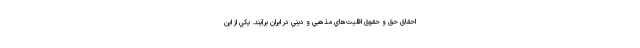
احقاق حق و حقوق اقليت‌هاي مذهبي و ديني در ايران برآيند. يكي از اين